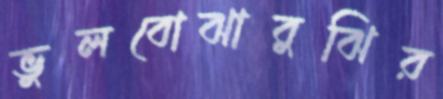
ভুলবোঝাবুঝির